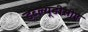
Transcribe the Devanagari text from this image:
डब्ल्यूडीसीए